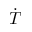
\dot { T }